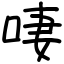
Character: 啛